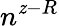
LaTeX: n^{\mathit{z}-R}